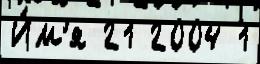
И́м'я 21 2004 1